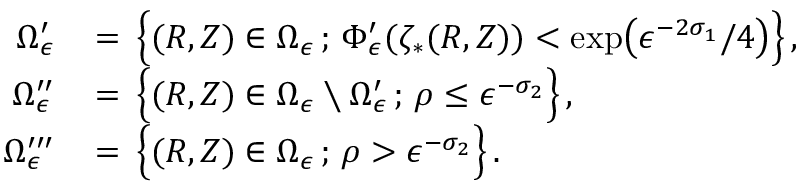
\begin{array} { r l } { \Omega _ { \epsilon } ^ { \prime } \, } & { = \, \Bigl \{ ( R , Z ) \in \Omega _ { \epsilon } \, ; \, \Phi _ { \epsilon } ^ { \prime } ( \zeta _ { * } ( R , Z ) ) < \exp \bigl ( \epsilon ^ { - 2 \sigma _ { 1 } } / 4 \bigr ) \Bigr \} \, , } \\ { \Omega _ { \epsilon } ^ { \prime \prime } \, } & { = \, \Bigl \{ ( R , Z ) \in \Omega _ { \epsilon } \setminus \Omega _ { \epsilon } ^ { \prime } \, ; \, \rho \le \epsilon ^ { - \sigma _ { 2 } } \Bigr \} \, , } \\ { \Omega _ { \epsilon } ^ { \prime \prime \prime } \, } & { = \, \Bigl \{ ( R , Z ) \in \Omega _ { \epsilon } \, ; \, \rho > \epsilon ^ { - \sigma _ { 2 } } \Bigr \} \, . } \end{array}